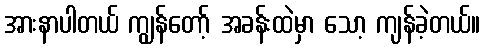
အားနာပါတယ် ကျွန်တော့် အခန်းထဲမှာ သော့ ကျန်ခဲ့တယ်။